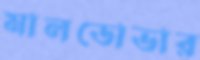
মালডোভার